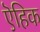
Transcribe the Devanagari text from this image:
ऎहिक